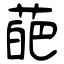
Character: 葩